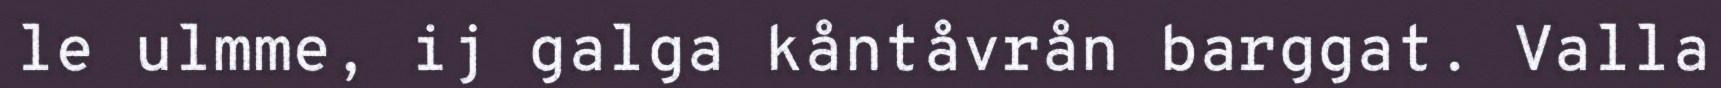
le ulmme, ij galga kåntåvrån barggat. Valla